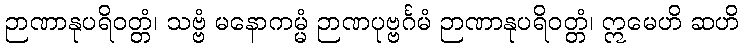
ဉာဏာနုပရိဝတ္တံ၊ သဗ္ဗံ မနောကမ္မံ ဉာဏပုဗ္ဗင်္ဂမံ ဉာဏာနုပရိဝတ္တံ၊ ဣမေဟိ ဆဟိ